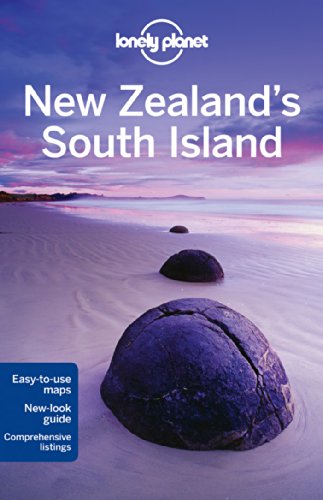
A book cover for Lonely Planet New Zealand's South Island (Travel Guide); Lonely Planet; Travel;